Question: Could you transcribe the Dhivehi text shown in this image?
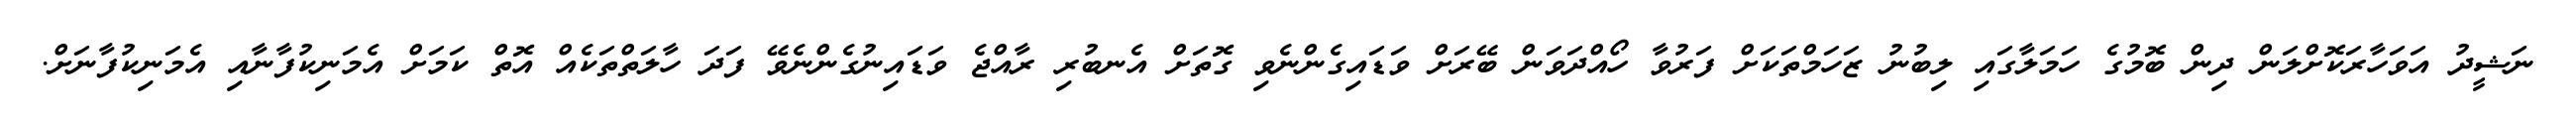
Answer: ނަޝީދު އަވަހާރަކޮށްލަން ދިން ބޮމުގެ ހަމަލާގައި ލިބުނު ޒަހަމްތަކަށް ފަރުވާ ހޯއްދަވަން ބޭރަށް ވަޑައިގެންނެވި ގޮތަށް އެނބުރި ރާއްޖެ ވަޑައިނުގެންނެވޭ ފަދަ ހާލަތްތަކެއް އޮތް ކަމަށް އެމަނިކުފާނާއި އެމަނިކުފާނަށް.